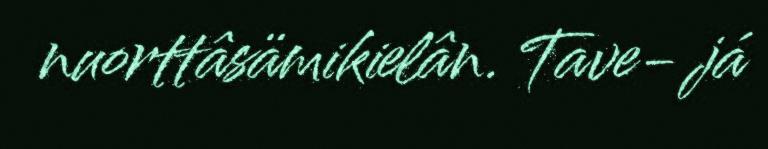
nuorttâsämikielân. Tave- já